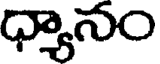
ధ్యానం